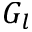
G _ { l }